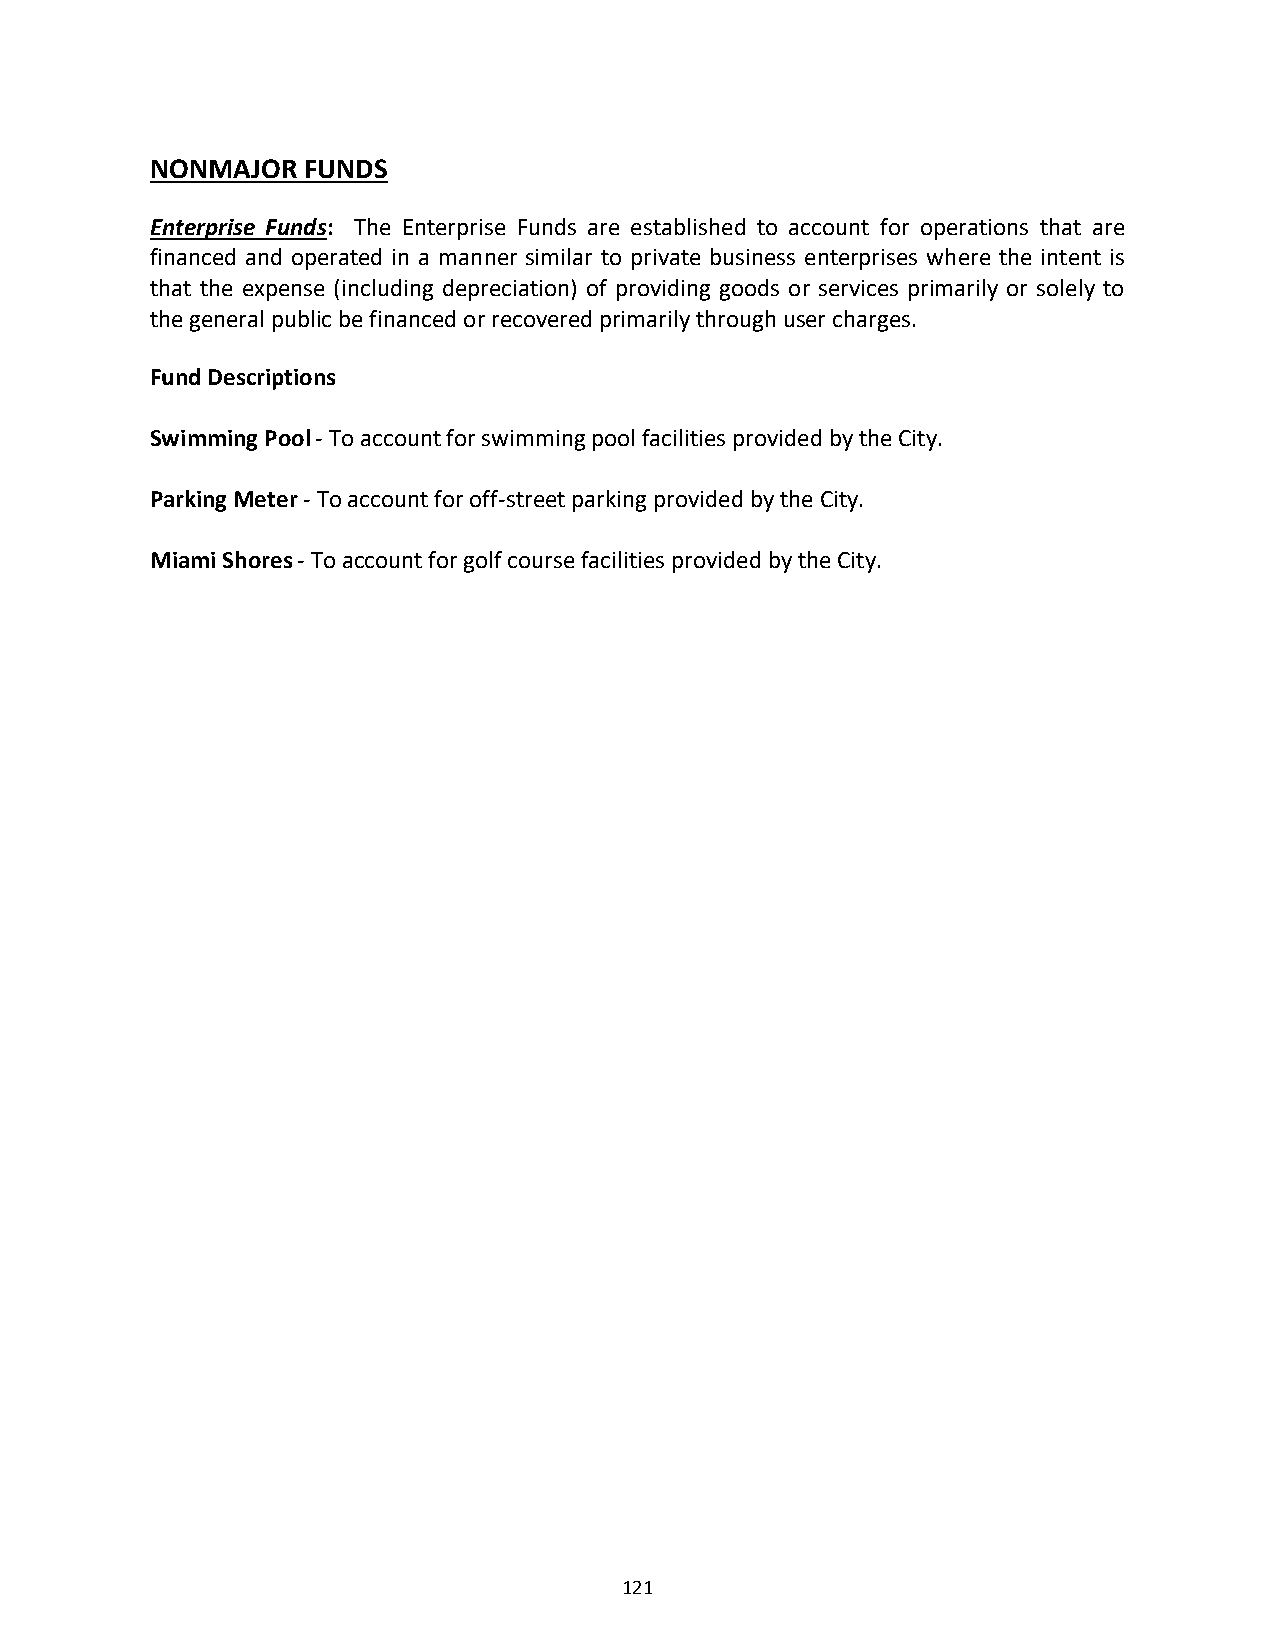
NONMAJOR  FUNDS
 Enterprise Funds: The Enterprise Funds are established to account for operations that are
 financed and operated in a manner similar to private business enterprises where the intent is
 that the expense (including depreciation) of providing goods or services primarily or solely to
 the general public be financed or recovered primarily through user charges.
 Fund Descriptions
 Swimming Pool ‐ To account for swimming pool facilities provided by the City.
 Parking Meter ‐ To account for off‐street parking provided by the City.
 Miami Shores ‐ To account for golf course facilities provided by the City.
 121